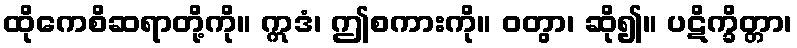
ထိုကေစိဆရာတို့ကို။ ဣဒံ၊ ဤစကားကို။ ဝတွာ၊ ဆို၍။ ပဋိက္ခိတ္တာ၊